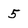
Character: 5